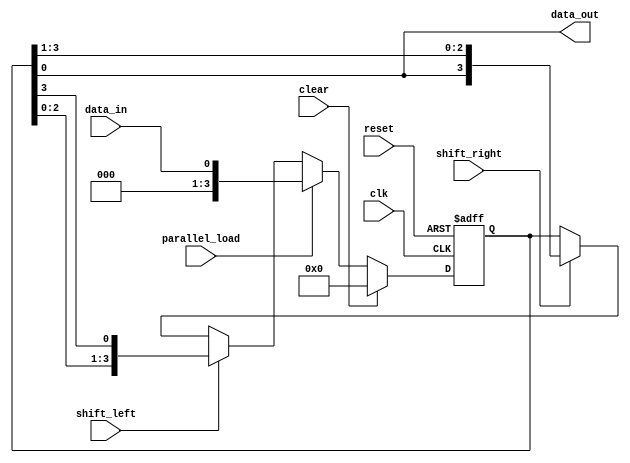
module Universal_Shift_Register(
  input wire clk,
  input wire reset,
  input wire clear,
  input wire shift_right,
  input wire shift_left,
  input wire parallel_load,
  input wire data_in,
  output reg data_out
);

reg [3:0] shift_reg;

always @(posedge clk or posedge reset) begin
  if (reset) begin
    shift_reg <= 4'b0000;
  end else if (clear) begin
    shift_reg <= 4'b0000;
  end else if (parallel_load) begin
    shift_reg <= data_in;
  end else begin
    if (shift_right) begin
      shift_reg <= {shift_reg[0], shift_reg[3:1]};
    end
    if (shift_left) begin
      shift_reg <= {shift_reg[2:0], shift_reg[3]};
    end
  end
end

assign data_out = shift_reg[0];

endmodule